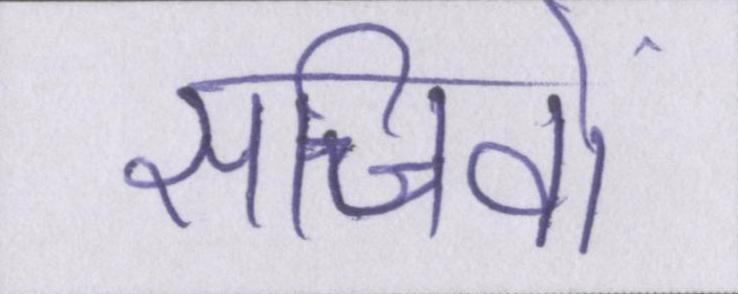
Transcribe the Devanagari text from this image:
सचिवों